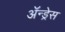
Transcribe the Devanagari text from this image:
ॲन्ड्रेस